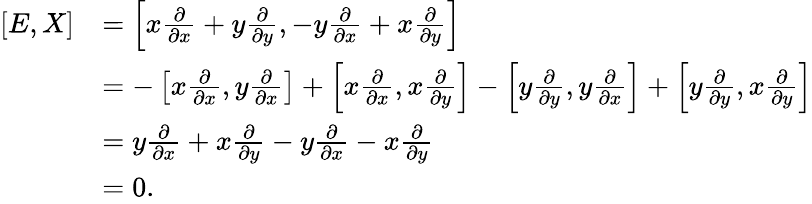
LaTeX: \begin{array}{rl}{[E,X]}&{=\left[x\frac{\partial}{\partial x}+y\frac{\partial}{\partial y},-y\frac{\partial}{\partial x}+x\frac{\partial}{\partial y}\right]}\\ &{=-\left[x\frac{\partial}{\partial x},y\frac{\partial}{\partial x}\right]+\left[x\frac{\partial}{\partial x},x\frac{\partial}{\partial y}\right]-\left[y\frac{\partial}{\partial y},y\frac{\partial}{\partial x}\right]+\left[y\frac{\partial}{\partial y},x\frac{\partial}{\partial y}\right]}\\ &{=y\frac{\partial}{\partial x}+x\frac{\partial}{\partial y}-y\frac{\partial}{\partial x}-x\frac{\partial}{\partial y}}\\ &{=0.}\end{array}